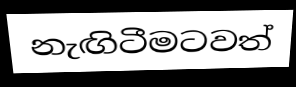
නැඟිටීමටවත්